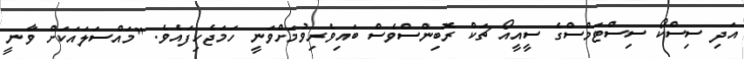
އަދި ސިސްކޯ ސިސްޓަމްސްގެ ސީއީއޯ ޗަކް ރޮބިންސްވެސް ބައިވެރިވުމަށްވަނީ ހަމަޖެހިފައެވެ. "މައްސަލައަކަށް ވާނީ